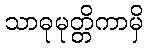
သာဓုမုတ္တိကာမှိ